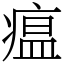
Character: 瘟